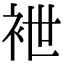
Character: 袣